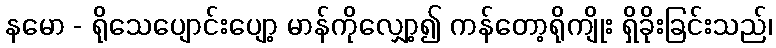
နမော - ရိုသေပျောင်းပျော့ မာန်ကိုလျှော့၍ ကန်တော့ရိုကျိုး ရှိခိုးခြင်းသည်၊